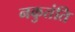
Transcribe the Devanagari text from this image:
नकुतंति